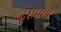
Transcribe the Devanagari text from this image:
दुष्टपण